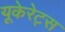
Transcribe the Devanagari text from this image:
यूकेरेट्स